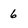
Character: 6